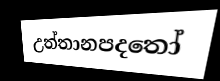
උත්තානපදතෝ